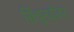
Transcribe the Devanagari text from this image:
सिंधूनदीवर